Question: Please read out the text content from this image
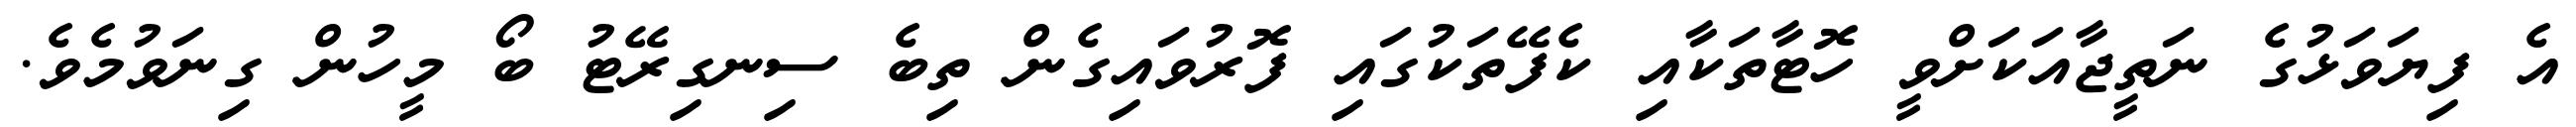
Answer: އެ ފިޔަވަޅުގެ ނަތީޖާއަކަށްވީ ހޮޓާތަކާއި ކެފޭތަކުގައި ފޮރުވައިގެން ތިބެ ސިނގިރޭޓު ބޯ މީހުން ގިނަވުމެވެ.